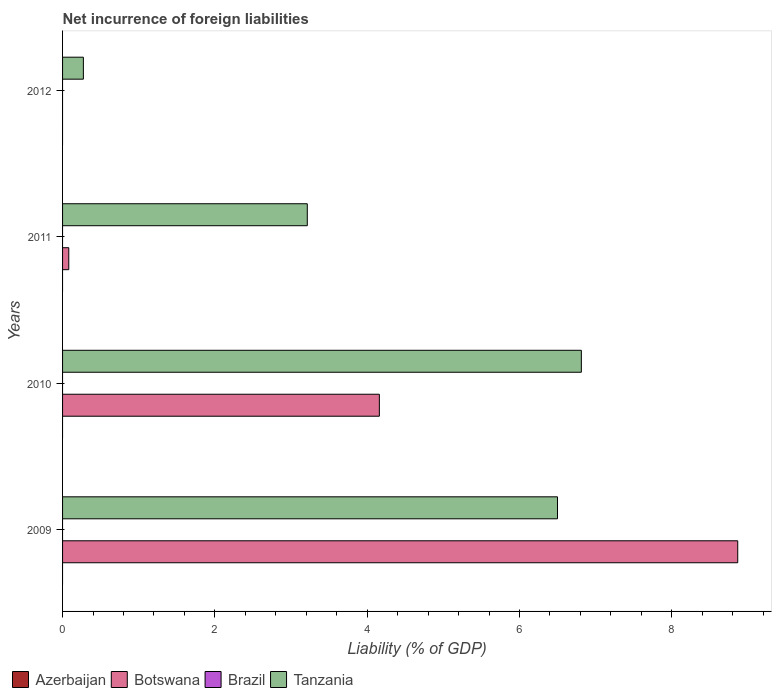
| Years | Azerbaijan | Botswana | Brazil | Tanzania |
 | --- | --- | --- | --- | --- |
 | 2009 | -0.207 | 8.87 | -0.114 | 6.5 |
 | 2010 | -0.123 | 4.16 | -0.141 | 6.81 |
 | 2011 | -0.333 | 0.0816 | -0.314 | 3.21 |
 | 2012 | -0.225 | -0.899 | -0.00396 | 0.273 |